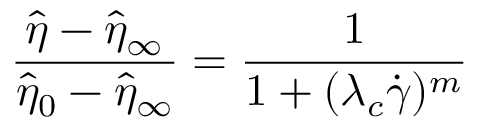
\frac { \hat { \eta } - \hat { \eta } _ { \infty } } { \hat { \eta } _ { 0 } - \hat { \eta } _ { \infty } } = \frac { 1 } { 1 + ( \lambda _ { c } \dot { \gamma } ) ^ { m } }